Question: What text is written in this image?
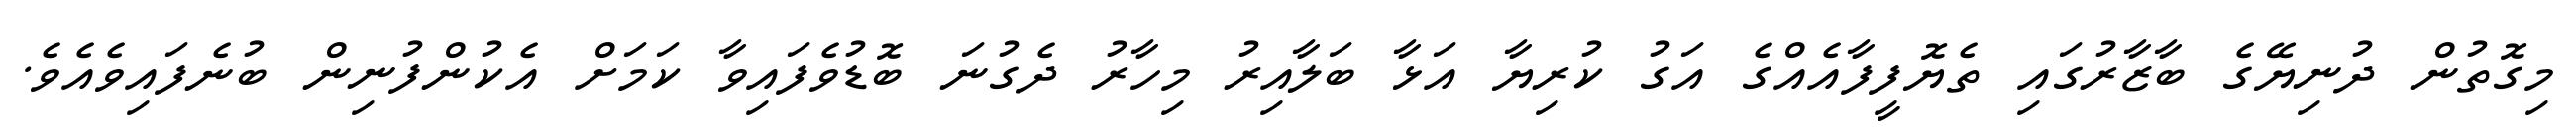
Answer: މިގޮތުން ދުނިޔޭގެ ބާޒާރުގައި ތެޔޮފީފާއެއްގެ އަގު ކުރިޔާ އަޅާ ބަލާއިރު މިހާރު ދެގުނަ ބޮޑުވެފައިވާ ކަމަށް އެކުންފުނިން ބުނެފައިވެއެވެ.